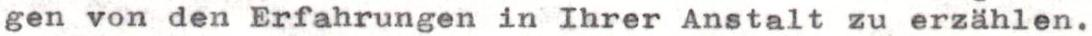
gen von den Erfahrungen in Ihrer Anstalt zu erzählen.